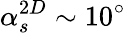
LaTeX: \alpha_{s}^{2D}\sim 10^{\circ}